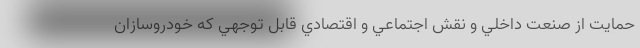
حمايت از صنعت داخلي و نقش اجتماعي و اقتصادي قابل توجهي كه خودروسازان